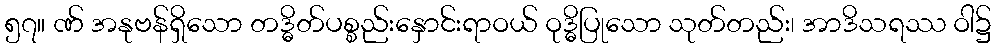
၅၇။ ဏ် အနုဗန်ရှိသော တဒ္ဓိတ်ပစ္စည်းနှောင်းရာဝယ် ဝုဒ္ဓိပြုသော သုတ်တည်း၊ အာဒိသရဿ ဝါ၌